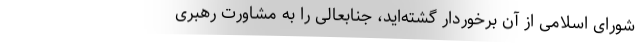
شورای اسلامی از آن برخوردار گشته‌اید، جنابعالی را به مشاورت رهبری